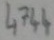
Text: 4744